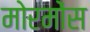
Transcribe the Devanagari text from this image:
मोरमोंस